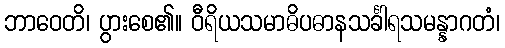
ဘာဝေတိ၊ ပွားစေ၏။ ဝီရိယသမာဓိပဓာနသင်္ခါရသမန္နာဂတံ၊